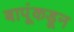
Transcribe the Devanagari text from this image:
बापूंकडून